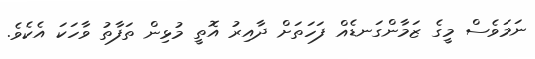
ނަމަވެސް މީގެ ޒަމާންގަނޑެއް ފަހަތަށް ދާއިރު އޮތީ މުޅިން ތަފާތު ވާހަކަ އެކެވެ.